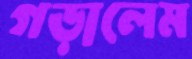
গড়ালেম